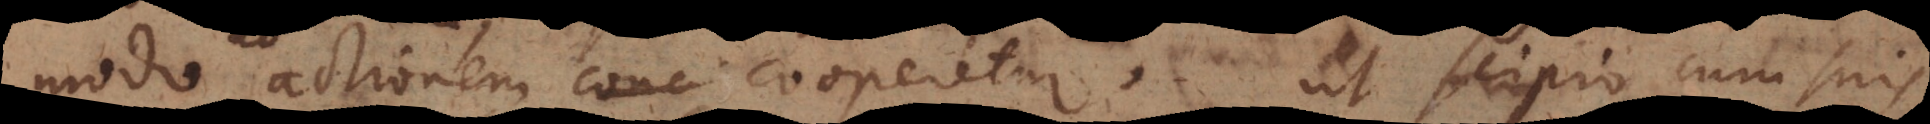
conc actionem cooperetur, ut Scipio cum suis